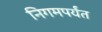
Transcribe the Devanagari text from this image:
निगमपर्यंत